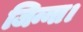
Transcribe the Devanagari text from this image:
जिन्ना।